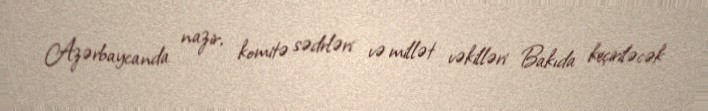
Azərbaycanda nazir, komitə sədrləri və millət vəkilləri Bakıda keçiriləcək